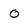
Character: o